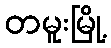
တမူးမြို့